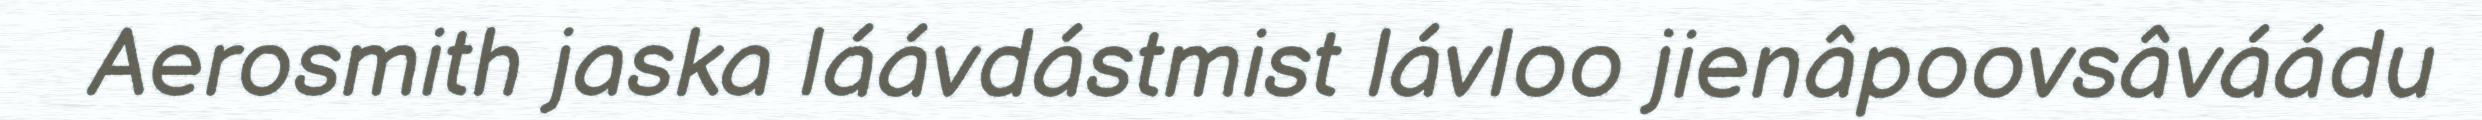
Aerosmith jaska láávdástmist lávloo jienâpoovsâváádu